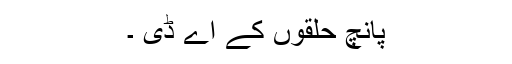
پانچ حلقوں کے اے ڈی ۔